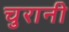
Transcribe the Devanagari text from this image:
चुरानी